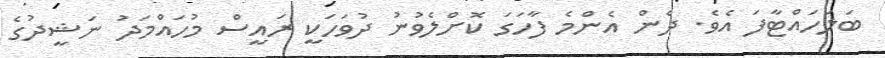
ބަލަހައްޓާފަ އެވެ. ދެން އެންމެ ފާހަގަ ކޮށްލެވުނު ދުވަހަކީ ރައީސް މުހައްމަދު ނަޝީދުގެ